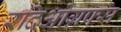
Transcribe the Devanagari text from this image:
रदिओग्रफ्स